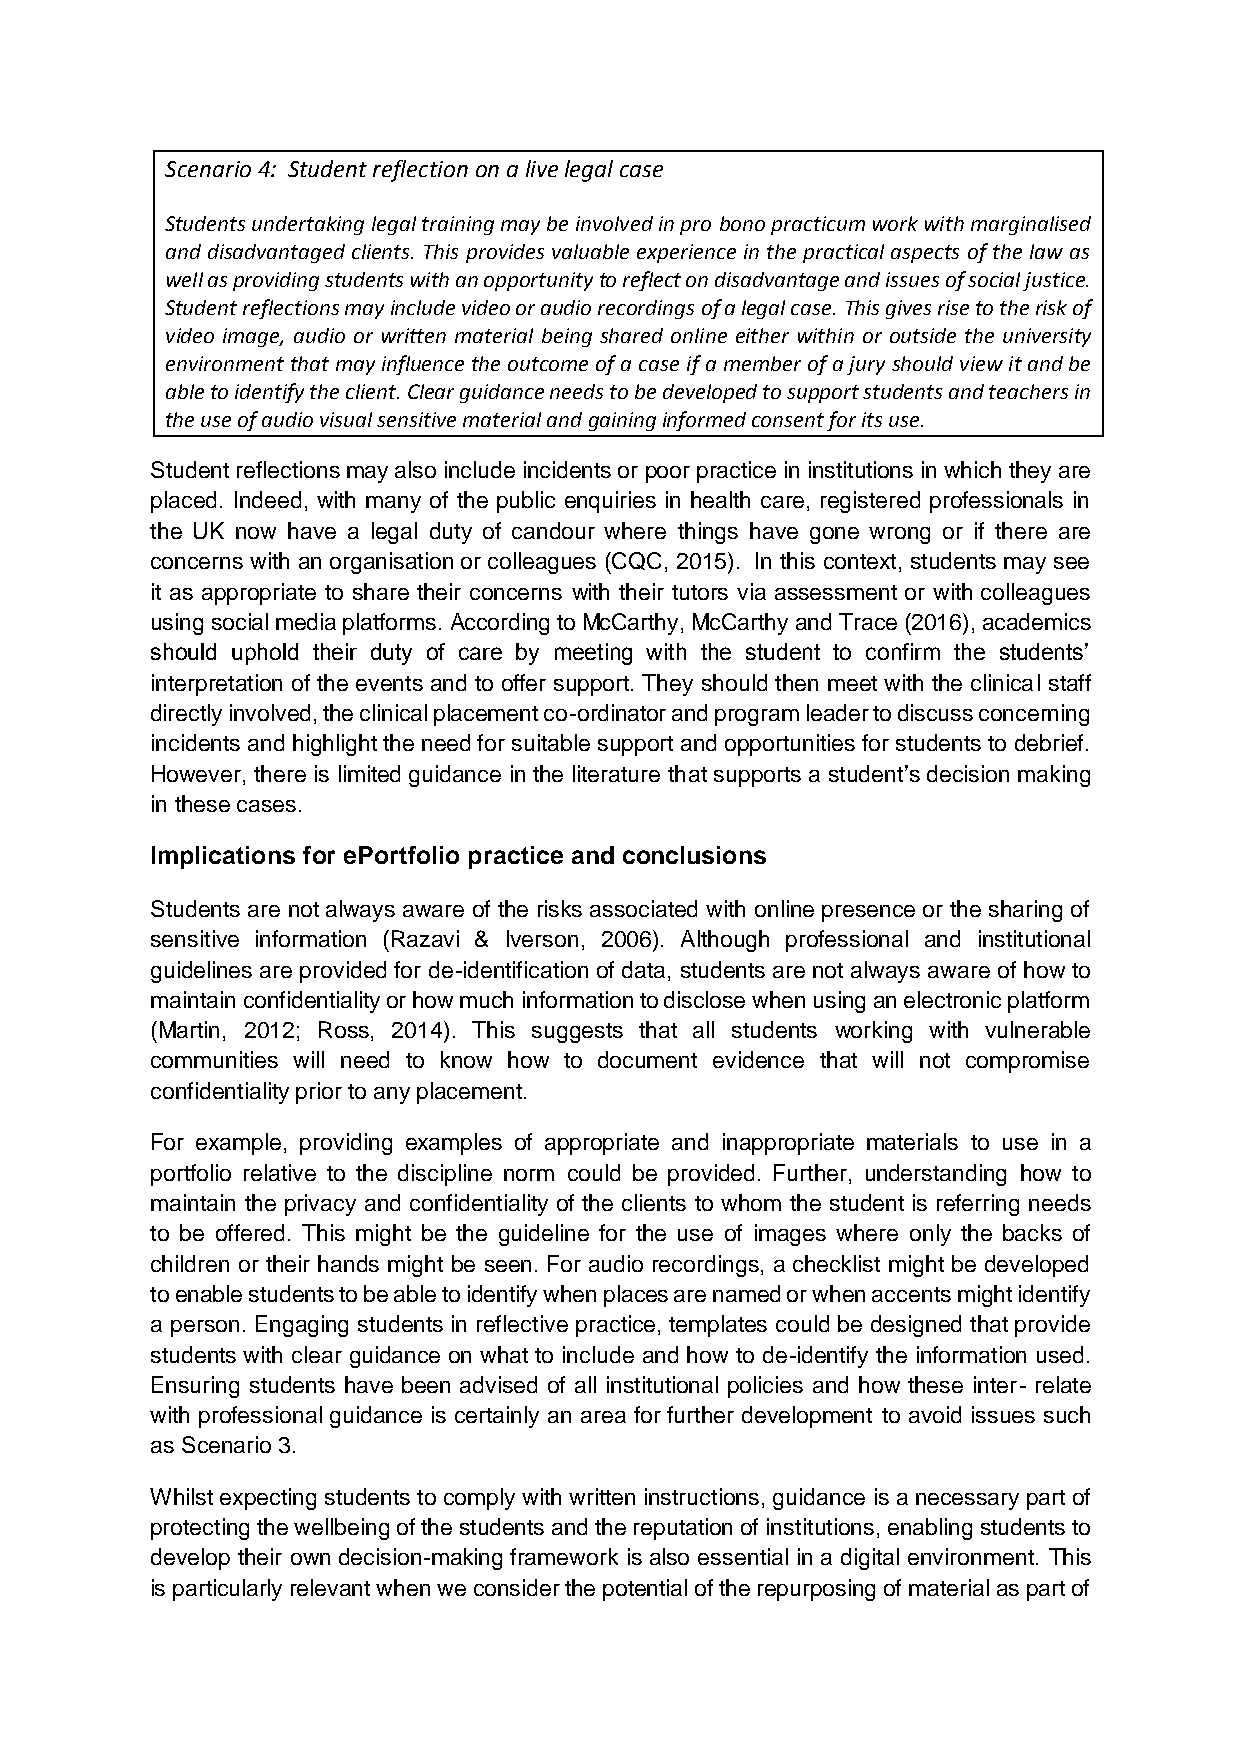
Scenario 4: Student reflection on a live legal case
 Students undertaking legal training may be involved in pro bono practicum work with marginalised
 and disadvantaged clients. This provides valuable experience in the practical aspects of the law as
 well as providing students with an opportunity to reflect on disadvantage and issues of social justice.
 Student reflections may include video or audio recordings of a legal case. This gives rise to the risk of
 video image, audio or written material being shared online either within or outside the university
 environment that may influence the outcome of a case if a member of a jury should view it and be
 able to identify the client. Clear guidance needs to be developed to support students and teachers in
 the use of audio visual sensitive material and gaining informed consent for its use.
 Student reflections may also include incidents or poor practice in institutions in which they are
 placed. Indeed, with many of the public enquiries in health care, registered professionals in
 the UK now have a legal duty of candour where things have gone wrong or if there are
 concerns with an organisation or colleagues (CQC, 2015). In this context, students may see
 it as appropriate to share their concerns with their tutors via assessment or with colleagues
 using social media platforms. According to McCarthy, McCarthy and Trace (2016), academics
 should uphold their duty of care by meeting with the student to confirm the students’
 interpretation of the events and to offer support. They should then meet with the clinical staff
 directly involved, the clinical placement co-ordinator and program leader to discuss concerning
 incidents and highlight the need for suitable support and opportunities for students to debrief.
 However, there is limited guidance in the literature that supports a student’s decision making
 in these cases.
 Implications for ePortfolio practice and conclusions
 Students are not always aware of the risks associated with online presence or the sharing of
 sensitive information (Razavi & Iverson, 2006). Although professional and institutional
 guidelines are provided for de-identification of data, students are not always aware of how to
 maintain confidentiality or how much information to disclose when using an electronic platform
 (Martin, 2012; Ross, 2014). This suggests that all students working with vulnerable
 communities will need to know how to document evidence that will not compromise
 confidentiality prior to any placement.
 For example, providing examples of appropriate and inappropriate materials to use in a
 portfolio relative to the discipline norm could be provided. Further, understanding how to
 maintain the privacy and confidentiality of the clients to whom the student is referring needs
 to be offered. This might be the guideline for the use of images where only the backs of
 children or their hands might be seen. For audio recordings, a checklist might be developed
 to enable students to be able to identify when places are named or when accents might identify
 a person. Engaging students in reflective practice, templates could be designed that provide
 students with clear guidance on what to include and how to de-identify the information used.
 Ensuring students have been advised of all institutional policies and how these inter- relate
 with professional guidance is certainly an area for further development to avoid issues such
 as Scenario 3.
 Whilst expecting students to comply with written instructions, guidance is a necessary part of
 protecting the wellbeing of the students and the reputation of institutions, enabling students to
 develop their own decision-making framework is also essential in a digital environment. This
 is particularly relevant when we consider the potential of the repurposing of material as part of